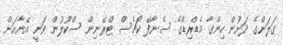
ގަލަންގެ ދަށުން ހިންގާ މެޑްރިޑްގެ ސެނާފޭ ކޯޗެސް ޓްރޭނިން ސްކޫލުން ވަނީ އޭނާއަށް